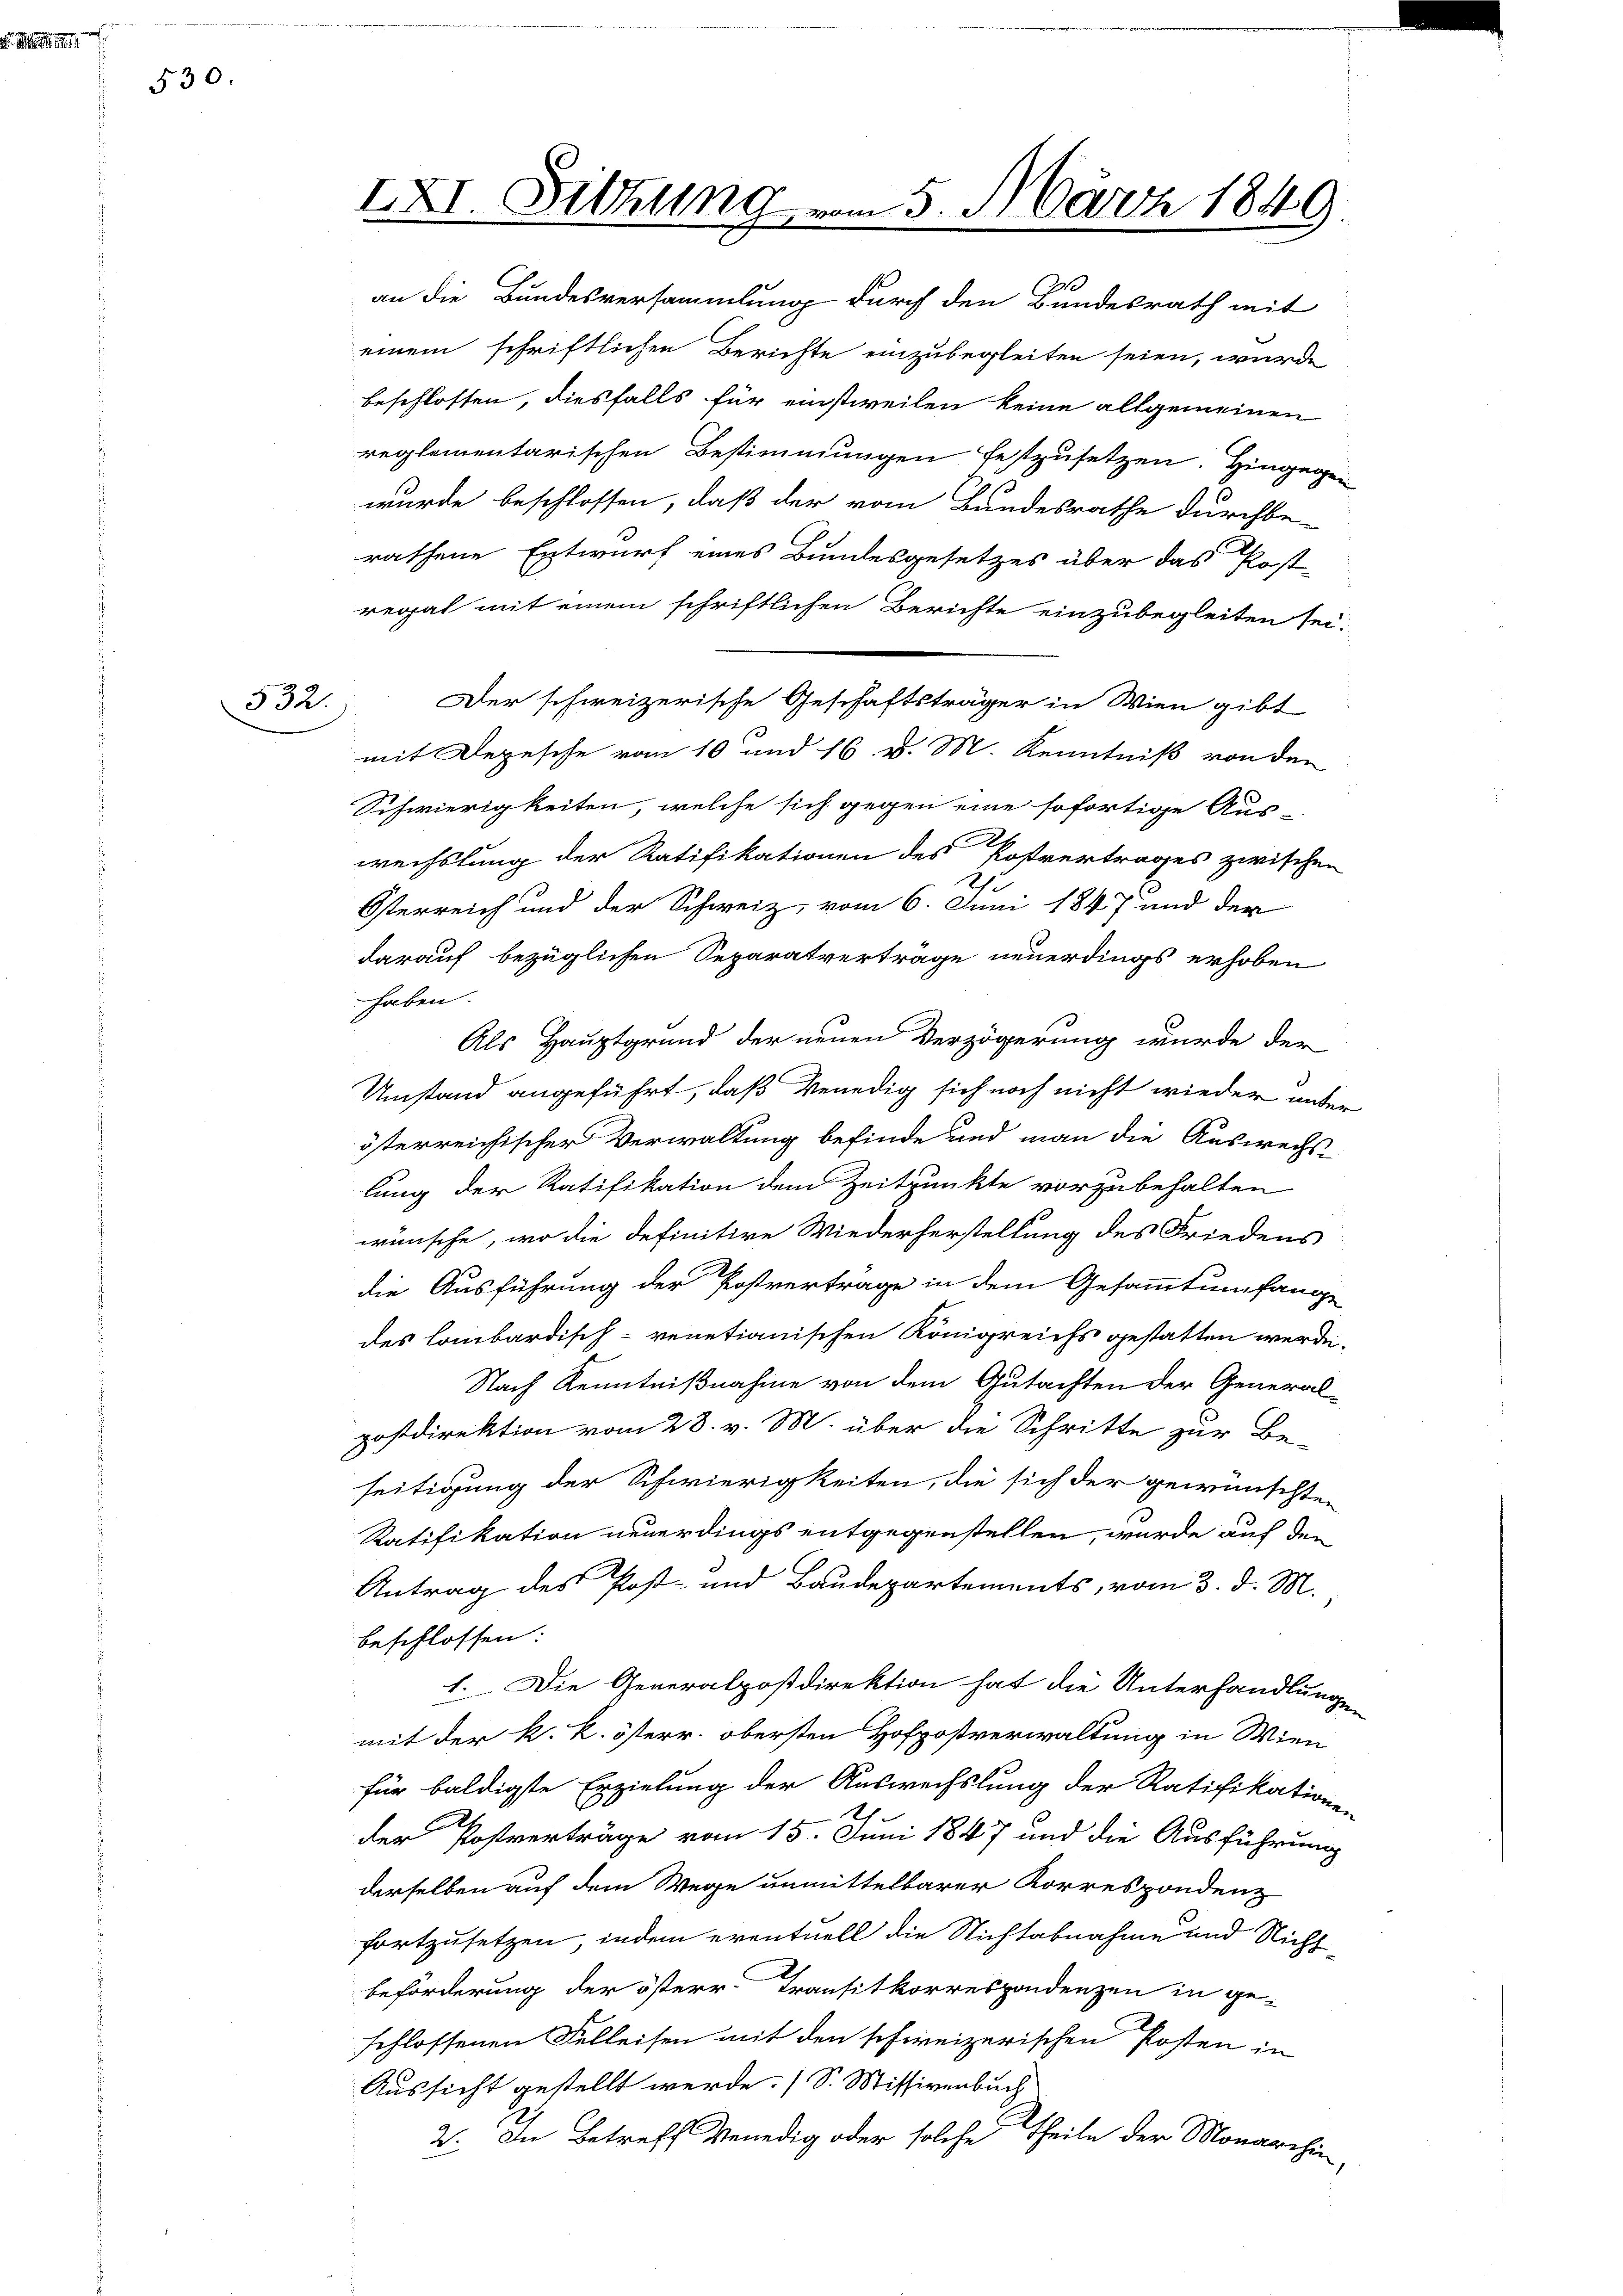
d. Wenn

530.

532.

IXI. Sitzung vom 5. März 1849

u
an die Bundesversammlung durch den Bundesrath mit
einem schriftlichen Berichte einzubegleiten seien, wurde
beschlossen, diesfalls für einstweilen keine allgemeinen
reglementarischen Bestimmungen festzusetzen. Hingege-
wurde beschlossen, daß der vom Bandesrathe durchbe-
rathene Entwurf eines Bundesgesetzes über das Post
regal mit einem schriftlichen Berichte einzubegleiten sei.
Der schweizerische Geschäftsträger in Wien gibt
mit Depesche vom 10 und 16. v. M. Kenntniß von den
Schwierigkeiten, welche sich gegen eine sofortige Aus-
wechslung der Ratifikationen des Postvertrages zwischen
u
Österreich und der Schweiz, vom 6. Juni 1847 und der
darauf bezüglichen Separatverträge neuerdings erhoben
haben.
Als Hauptgrund der neuen Verzögerung wurde der
Umstand angeführt, daß Venedig sich noch nicht wieder unter
österreichischer Verwaltung befinde und man die Auswechslung der Ratifikation dem Zeitpunkte vorzubehalten
wünsche, wo die definitive Wiederherstellung des Friedens
die Ausführung der Postvertrage in dem Gesammtumfange
des lombardisch-venetianischen Königreichs gestatten werde.
Nach Kenntnißnahme von dem Gutachten der General-
postdirektion vom 28. v. M. über die Schritte zur Be-
seitigung der Schwierigkeiten, die sich der gewünschten
Ratifikation neuerdings entgegenstellen, wurde auf den
Antrag des Post- und Baudepartements, vom 3. d. M.
beschlossen:
1. Die Generalpostdirektion hat die Unterhandlungen
mit der k. k. österr. obersten Hofpostverwaltung in Wien
für baldigte Erzielung der Auswechslung der Ratifikationen
E.
der Postverträge vom 15. Juni 1847 und die Ausführung
derselben auf dem Wege unmittelbarer Korrespondenz
fortzusetzen, indem eventuell die Nichtabnahme und Nicht
beförderung der österr. Transitkorrespondenzen in ge-
schlossenen Felleisen mit den schweizerischen Posten in
Aussicht gestellt werde. (S. Missivenbuch
2. In Betreff Venedig oder solche Theile der Monarchen,